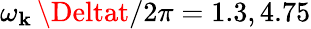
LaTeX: \omega_{\mathbf{k}}\, \Deltat/2\pi=1.3,4.75